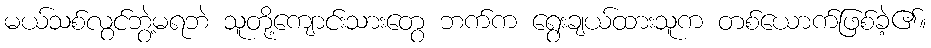
မယ်သစ်လွင်ဘွဲ့မရဘဲ သူတို့ကျောင်းသားတွေ ဘက်က ရွေးချယ်ထားသူက တစ်ယောက်ဖြစ်ခဲ့၏။